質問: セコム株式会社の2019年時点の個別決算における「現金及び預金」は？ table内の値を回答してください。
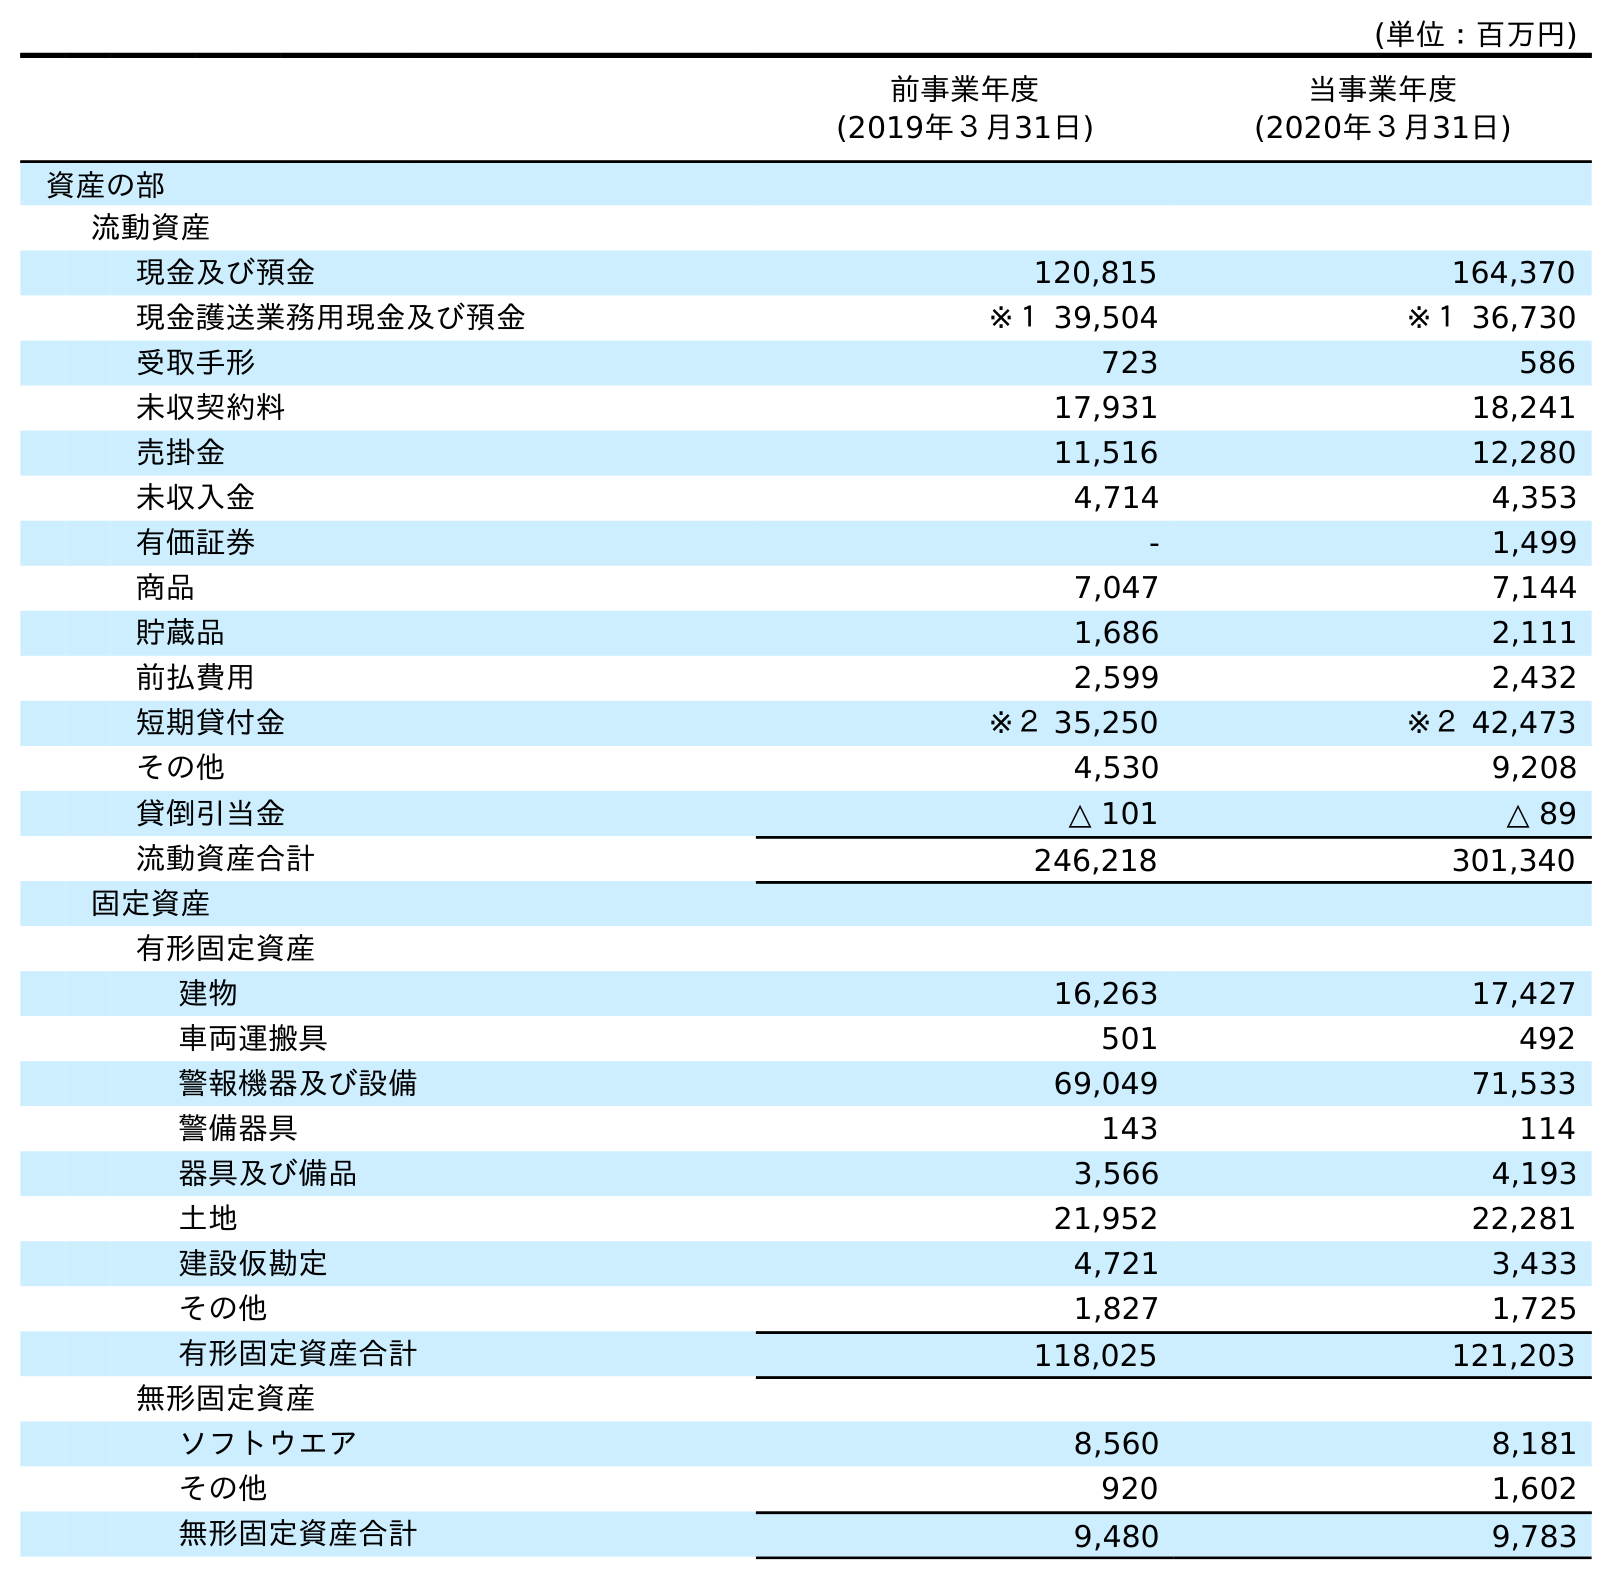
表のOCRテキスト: (単位：百万円) 前事業年度 (2019年３月31日) 当事業年度 (2020年３月31日) 資産の部 流動資産 現金及び預金 120,815 164,370 現金護送業務用現金及び預金 ※１ 39,504 ※１ 36,730 受取手形 723 586 未収契約料 17,931 18,241 売掛金 11,516 12,280 未収入金 4,714 4,353 有価証券 - 1,499 商品 7,047 7,144 貯蔵品 1,686 2,111 前払費用 2,599 2,432 短期貸付金 ※２ 35,250 ※２ 42,473 その他 4,530 9,208 貸倒引当金 △ 101 △ 89 流動資産合計 246,218 301,340 固定資産 有形固定資産 建物 16,263 17,427 車両運搬具 501 492 警報機器及び設備 69,049 71,533 警備器具 143 114 器具及び備品 3,566 4,193 土地 21,952 22,281 建設仮勘定 4,721 3,433 その他 1,827 1,725 有形固定資産合計 118,025 121,203 無形固定資産 ソフトウエア 8,560 8,181 その他 920 1,602 無形固定資産合計 9,480 9,783
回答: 120,815